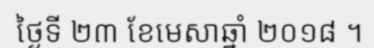
ថ្ងៃទី ២៣ ខែមេសាឆ្នាំ ២០១៨ ។